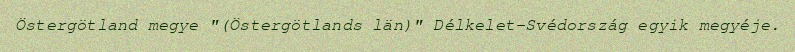
Östergötland megye "(Östergötlands län)" Délkelet-Svédország egyik megyéje.